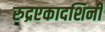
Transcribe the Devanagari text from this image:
रुद्रएकादशिनी